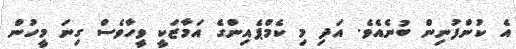
އެ ކުންފުނިން ބުނެއެވެ. އަދި މި ކެމްޕެއިންގެ އަމާޒަކީ ވީހާވެސް ގިނަ މީހުން